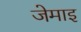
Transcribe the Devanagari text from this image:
जेमाइ